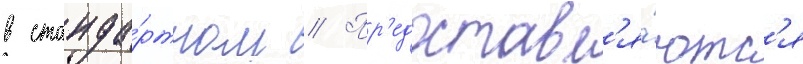
в станда́ртном // Пр'едоставл'я́ютс'я